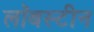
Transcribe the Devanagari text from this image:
लॉबस्टीन